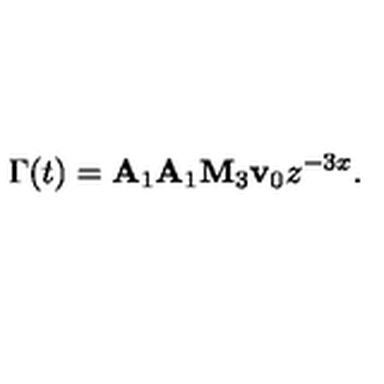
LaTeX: \Gamma ( t ) = { \bf A } _ { 1 } { \bf A } _ { 1 } { \bf M } _ { 3 } { \bf v } _ { 0 } z ^ { - 3 x } .